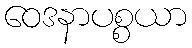
ဝေဒနာပစ္စယာ